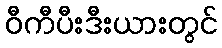
ဝီကီပီးဒီးယားတွင်